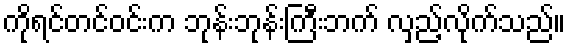
ကိုရင်တင်ဝင်းက ဘုန်းဘုန်းကြီးဘက် လှည့်လိုက်သည်။